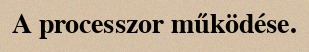
A processzor működése.